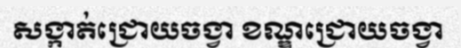
សង្កាត់ជ្រោយចង្វា ខណ្ឌជ្រោយចង្វា